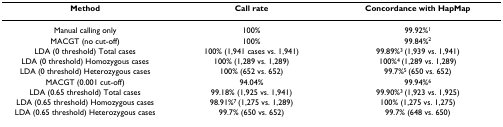
<table><thead><tr><td><b>Method</b></td><td><b>Call rate</b></td><td><b>Concordance with HapMap</b></td></tr></thead><tbody><tr><td>Manual calling only</td><td>100%</td><td>99.92%<sup>1</sup></td></tr><tr><td>MACGT (no cut-off)</td><td>100%</td><td>99.84%<sup>2</sup></td></tr><tr><td>LDA (0 threshold) Total cases</td><td>100% (1,941 cases vs. 1,941)</td><td>99.89%<sup>3 </sup>(1,939 vs. 1,941)</td></tr><tr><td>LDA (0 threshold) Homozygous cases</td><td>100% (1,289 vs. 1,289)</td><td>100%<sup>4 </sup>(1,289 vs. 1,289)</td></tr><tr><td>LDA (0 threshold) Heterozygous cases</td><td>100% (652 vs. 652)</td><td>99.7%<sup>5 </sup>(650 vs. 652)</td></tr><tr><td>MACGT (0.001 cut-off)</td><td>94.04%</td><td>99.94%<sup>6</sup></td></tr><tr><td>LDA (0.65 threshold) Total cases</td><td>99.18% (1,925 vs. 1,941)</td><td>99.90%<sup>3 </sup>(1,923 vs. 1,925)</td></tr><tr><td>LDA (0.65 threshold) Homozygous cases</td><td>98.91%<sup>7 </sup>(1,275 vs. 1,289)</td><td>100% (1,275 vs. 1,275)</td></tr><tr><td>LDA (0.65 threshold) Heterozygous cases</td><td>99.7% (650 vs. 652)</td><td>99.7% (648 vs. 650)</td></tr></tbody></table>